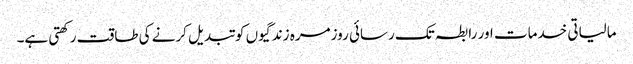
مالیاتی خدمات اور رابطہ تک رسائی روزمرہ زندگیوں کو تبدیل کرنے کی طاقت رکھتی ہے۔